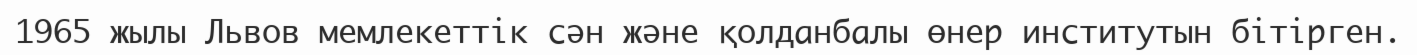
1965 жылы Львов мемлекеттік сән және қолданбалы өнер институтын бітірген.